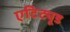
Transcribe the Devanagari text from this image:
एटिट्यूड